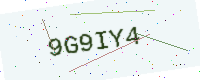
Text: 9G9IY4